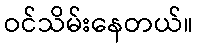
ဝင်သိမ်းနေတယ်။